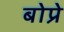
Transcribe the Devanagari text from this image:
बोप्रे